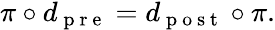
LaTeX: \begin{array}{r}{\pi\circ d_{\mathrm{~p~r~e~}}=d_{\mathrm{~p~o~s~t~}}\circ\pi.}\end{array}